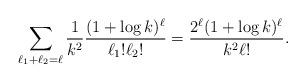
LaTeX: \begin{align*}\sum_{\ell_1+\ell_2=\ell} \frac{1}{k^2} \frac{(1+\log k)^{\ell}}{\ell_1!\ell_2!} = \frac{2^\ell (1+\log k)^{\ell}}{k^2 \ell! }.\end{align*}